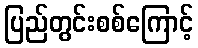
ပြည်တွင်းစစ်ကြောင့်